Indian journal of veterinary science and animal husbandry - Volumes 15-17, 1948-1951
Year: 1948
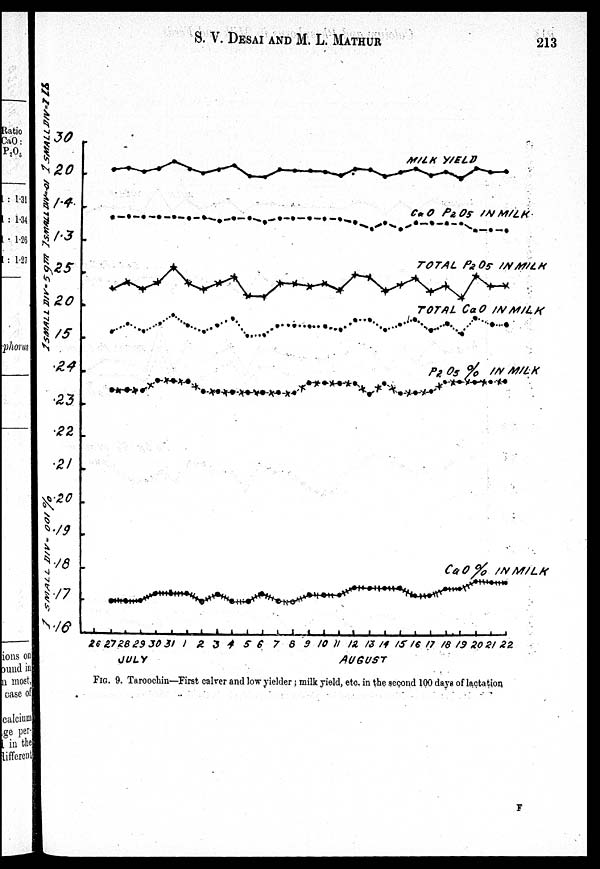
S. V. DESAI AND M. L.
MATHUR
213
FIG. 9. Taroochin—First calver and low yielder; milk yield, etc. in the second 100 days of lactation
F